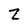
Character: Z